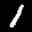
Label: 1